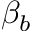
\beta _ { b }